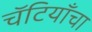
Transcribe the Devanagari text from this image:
चॅटियाँचा